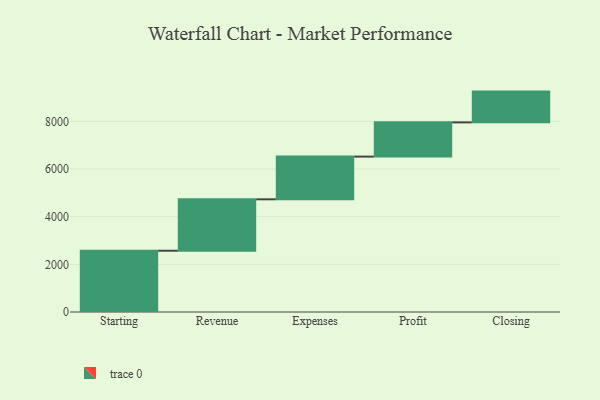
{"axis": {"x": "Step", "y": "Value"}, "legend": [""], "data": [{"x": "Starting", "y": 2570.0, "type": ""}, {"x": "Revenue", "y": 2158.0, "type": ""}, {"x": "Expenses", "y": 1792.0, "type": ""}, {"x": "Profit", "y": 1436.0, "type": ""}, {"x": "Closing", "y": 1291.0, "type": ""}]}